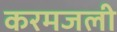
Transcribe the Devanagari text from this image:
करमजली